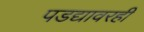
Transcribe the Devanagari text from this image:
पडद्यावरही